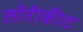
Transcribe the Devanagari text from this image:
लॉरीकीट